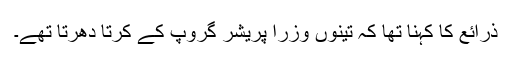
ذرائع کا کہنا تھا کہ تینوں وزرا پریشر گروپ کے کرتا دھرتا تھے۔